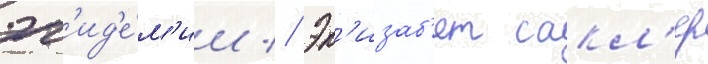
эп'ид'е́м'ии // Эл'изаб'ет сакл'ер